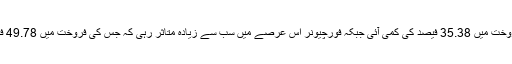
ہائی لکس کی فروخت میں 35.38 فیصد کی کمی آئی جبکہ فورچیونر اس عرصے میں سب سے زیادہ متاثر رہی کہ جس کی فروخت میں 49.78 فیصد کا زوال آیا۔